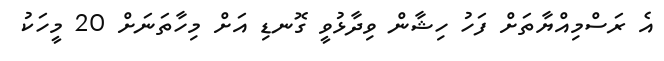
އެ ރަސްމިއްޔާތަށް ފަހު ހިޝާން ވިދާޅުވީ ގޮނޑި އަށް މިހާތަނަށް 20 މީހަކު